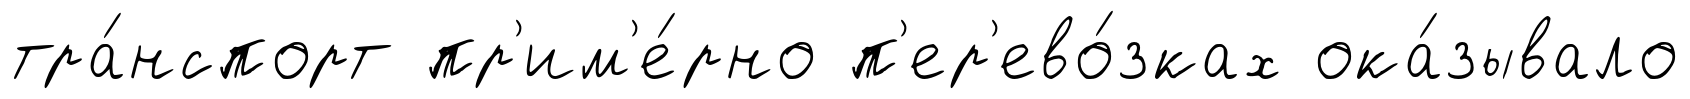
тра́нспорт пр'им'е́рно п'ер'ево́зках ока́зывало